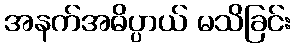
အနက်အဓိပ္ပာယ် မသိခြင်း